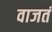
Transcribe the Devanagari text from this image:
वाजतं